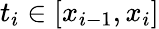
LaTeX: t_{i}\in[x_{i-1},x_{i}]